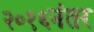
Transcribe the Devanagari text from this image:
२०१६नंतर